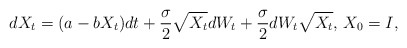
\begin{align*}dX_t=(a-bX_t)dt + \frac{\sigma}{2}\sqrt{X_t}dW_t+\frac{\sigma}{2}dW_t\sqrt{X_t},\, X_0=I,\end{align*}